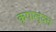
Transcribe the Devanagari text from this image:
कृपालुदत्त